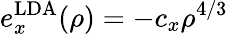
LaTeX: e_{x}^{\mathrm{LDA}}(\rho)=-c_{x}\rho^{4/3}